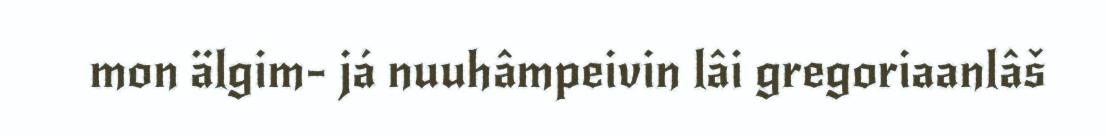
mon älgim- já nuuhâmpeivin lâi gregoriaanlâš